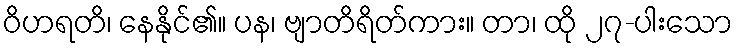
ဝိဟရတိ၊ နေနိုင်၏။ ပန၊ ဗျာတိရိတ်ကား။ တာ၊ ထို ၂၇-ပါးသော